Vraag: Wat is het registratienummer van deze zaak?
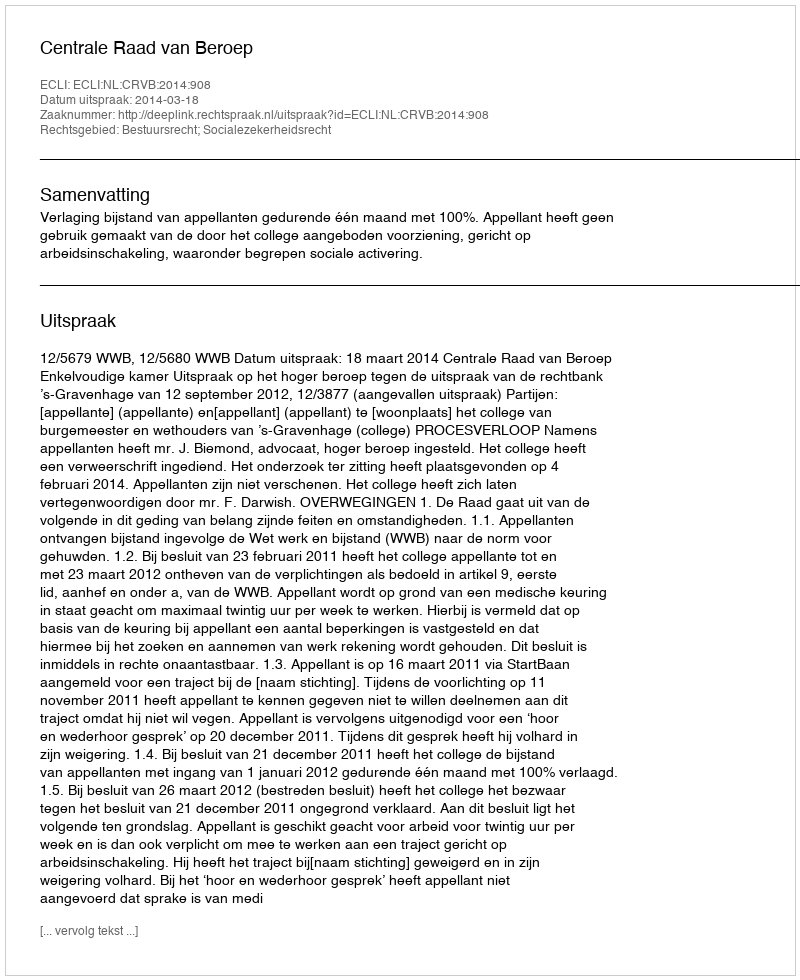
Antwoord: http://deeplink.rechtspraak.nl/uitspraak?id=ECLI:NL:CRVB:2014:908